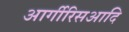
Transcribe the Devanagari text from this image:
आर्गीरिसआदि